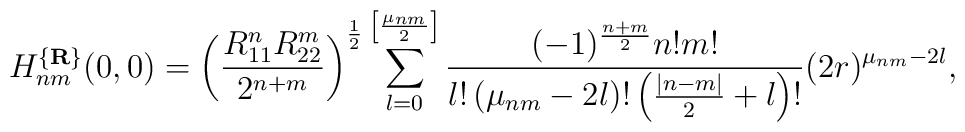
\mbox{$H_{nm}^{\{{\bf R}\}}(0,0)$}=\left(\frac {R_{11}^nR_{22}^m}{2^{n+m}}\right)^{\frac 12}\sum_{l=0}^{\left[\frac {\mu_{nm}}2\right]}\frac {(-1)^{\frac {n+m}2}n!m!}{l!\left(\mu_{nm}-2l\right)!\left(\frac {|n-m|}2+l\right)!}(2r)^{\mu_{nm}-2l},